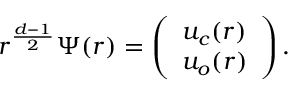
\begin{array} { r } { r ^ { \frac { d - 1 } { 2 } } \Psi ( r ) = \left( \begin{array} { c } { u _ { c } ( r ) } \\ { u _ { o } ( r ) } \end{array} \right) . } \end{array}